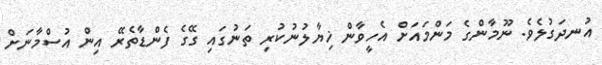
އުނދަގުލެވެ. ނޫމާންގެ މަންމައަށް އެހީވާން ޚިޔާލުނުކުރި ތަނުގައި ގޭގެ ފެންޑާތެރޭ އިން އުސްމާނަށް